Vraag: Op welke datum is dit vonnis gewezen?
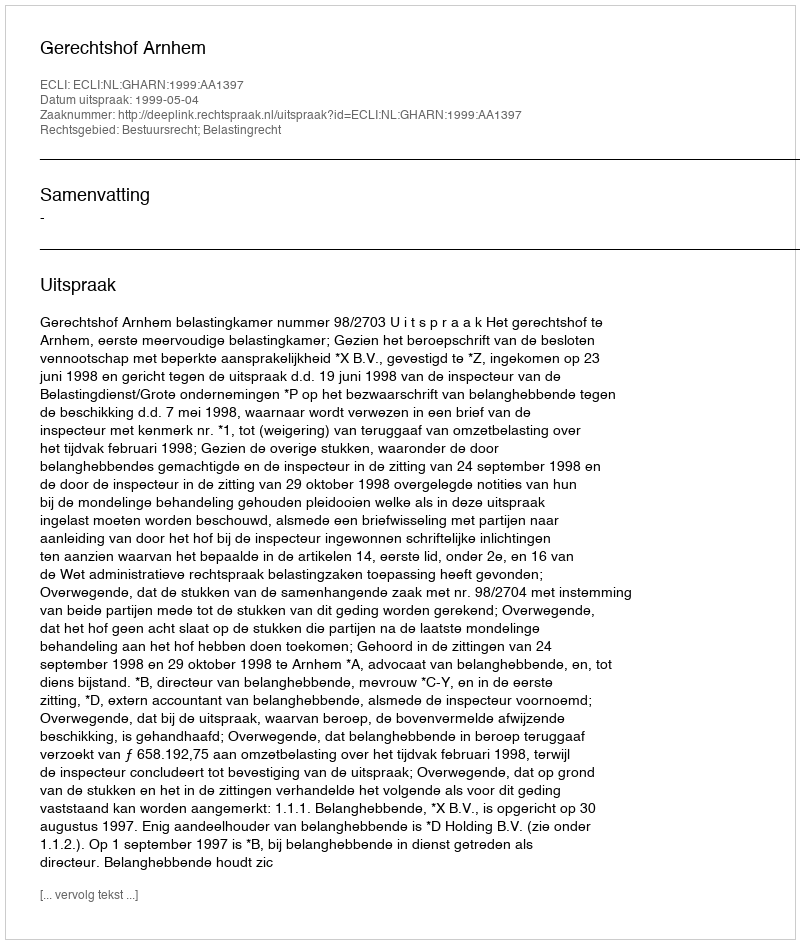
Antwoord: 1999-05-04